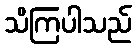
သိကြပါသည်